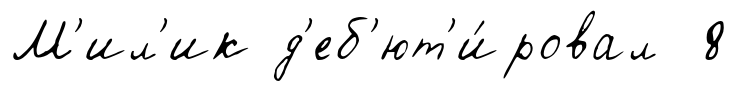
М'ил'ик д'еб'ют'и́ровал 8